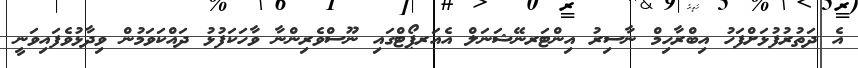
އެ ދަތުރުފުޅަށްފަހު އިބްރާހިމް ނާސިރު އިންޓަރނޭޝަނަލް އެއަރޕޯޓްގައި ނޫސްވެރިންނާ ވާހަކަފުޅު ދައްކަވަމުން ވިދާޅުވެފައިވަނީ